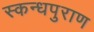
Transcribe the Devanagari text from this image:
स्कन्धपुराण